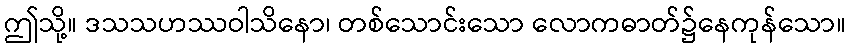
ဤသို့။ ဒသသဟဿဝါသိနော၊ တစ်သောင်းသော လောကဓာတ်၌နေကုန်သော။